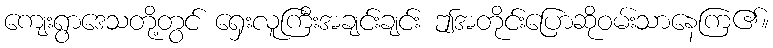
ကျေးရွာဒေသတို့တွင် ရှေးလူကြီးအချင်းချင်း ဤအတိုင်းပြောဆိုဝမ်းသာနေကြ၏။